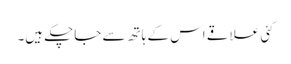
کئی علاقے اس کے ہاتھ سے جاچکے ہیں۔